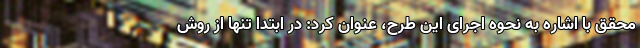
محقق با اشاره به نحوه اجرای این طرح، عنوان کرد: در ابتدا تنها از روش